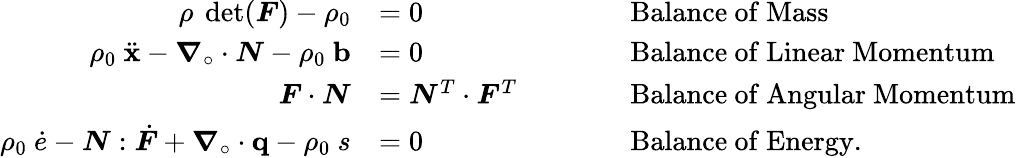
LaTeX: {\begin{array}{rlrl}{\rho~\operatorname*{det}({\boldsymbol{F}})-\rho_{0}}&{=0}&&{\qquad{\mathrm{Balance~of~Mass}}}\\ {\rho_{0}~{\ddot{\mathbf{x}}}-{\boldsymbol{\nabla}}_{\circ}\cdot{\boldsymbol{N}}-\rho_{0}~\mathbf{b}}&{=0}&&{\qquad{\mathrm{Balance~of~Linear~Momentum}}}\\ {{\boldsymbol{F}}\cdot{\boldsymbol{N}}}&{={\boldsymbol{N}}^{T}\cdot{\boldsymbol{F}}^{T}}&&{\qquad{\mathrm{Balance~of~Angular~Momentum}}}\\ {\rho_{0}~{\dot{e}}-{\boldsymbol{N}}:{\dot{\boldsymbol{F}}}+{\boldsymbol{\nabla}}_{\circ}\cdot\mathbf{q}-\rho_{0}~s}&{=0}&&{\qquad{\mathrm{Balance~of~Energy.}}}\end{array}}